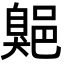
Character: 𦤡